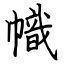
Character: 幟